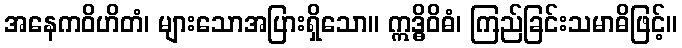
အနေကဝိဟိတံ၊ များသောအပြားရှိသော။ ဣဒ္ဓိဝိဓံ၊ ကြည်ခြင်းသမာဓိဖြင့်။